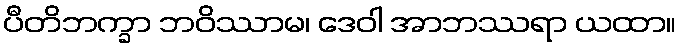
ပီတိဘက္ခာ ဘဝိဿာမ၊ ဒေဝါ အာဘဿရာ ယထာ။